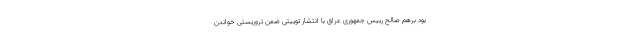
بود برهم صالح رییس جمهوری عراق با انتشار توییتی ضمن تروریستی خواندن